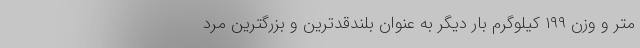
متر و وزن ۱۹۹ کیلوگرم بار دیگر به عنوان بلندقدترین و بزرگترین مرد